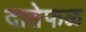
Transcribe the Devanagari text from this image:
दातेफळ